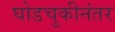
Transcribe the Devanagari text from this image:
घोडचुकीनंतर